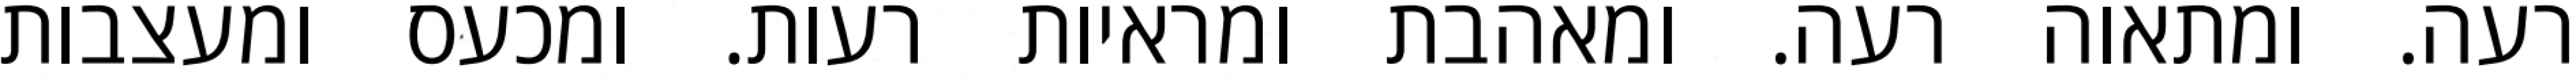
רעה. ומתאוה רעה. ומאהבת ומראיות רעות. ומכעס ומעצבות